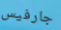
جارفيس